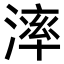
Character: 𣼧